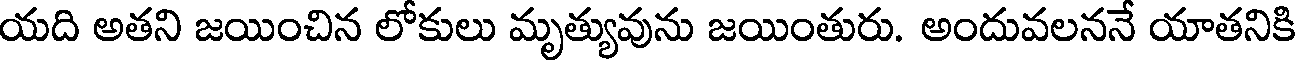
యది అతని జయించిన లోకులు మృత్యువును జయింతురు. అందువలననే యాతనికి